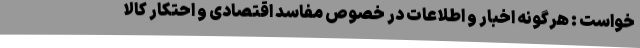
خواست : هرگونه اخبار و اطلاعات در خصوص مفاسد اقتصادی و احتکار کالا